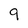
Character: 9